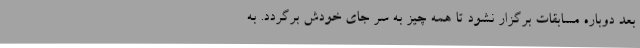
بعد دوباره مسابقات برگزار نشود تا همه چیز به سر جای خودش برگردد. به